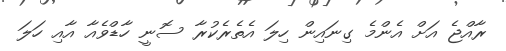
ރާއްޖެ އަށް އެންމެ ގިނައިން ހިލަ އެތެރެކުރާ ސޮނީ ހާޑްވެއާ އާއި ހަލަ